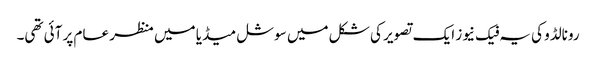
رونالڈو کی یہ فیک نیوز ایک تصویر کی شکل میں سوشل میڈیا میں منظر عام پر آئی تھی۔